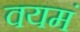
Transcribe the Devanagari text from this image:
वयमं